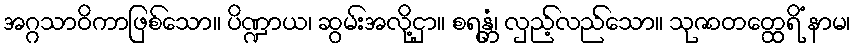
အဂ္ဂသာဝိကာဖြစ်သော။ ပိဏ္ဍာယ၊ ဆွမ်းအလို့ငှာ။ စရန္တံ၊ လှည့်လည်သော။ သုဇာတတ္ထေရိံ နာမ၊